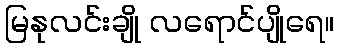
မြနုလင်းချို လရောင်ပျိုရေ။